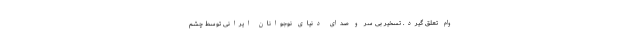
وام تعلق گیرد. تسخیر بی سر و صدای دنیای نوجوانان ایرانی توسط چشم